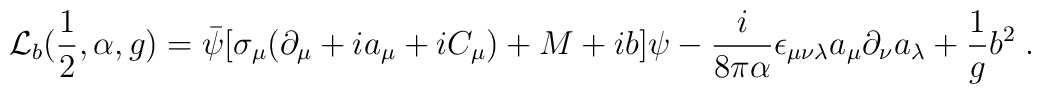
{\cal L}_b(\frac{1}{2},\alpha,g)= \bar\psi [ \sigma_\mu (\partial_\mu + i a_\mu+ i C_\mu ) + M + ib ] \psi - \frac{i}{8 \pi \alpha} \epsilon_{\mu \nu \lambda} a_\mu \partial_\nu a_\lambda+ \frac{1}{g}b^2\;.